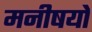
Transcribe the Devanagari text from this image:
मनीषयों